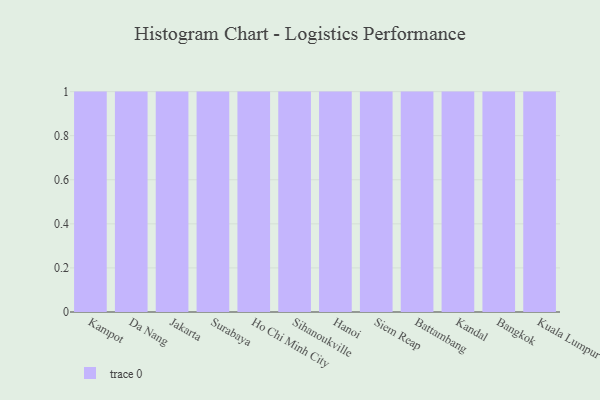
{"axis": {"x": "City", "y": "Population (Million)"}, "legend": [""], "data": [{"x": "Kampot", "y": 52, "type": ""}, {"x": "Da Nang", "y": 46, "type": ""}, {"x": "Jakarta", "y": 88, "type": ""}, {"x": "Surabaya", "y": 19, "type": ""}, {"x": "Ho Chi Minh City", "y": 66, "type": ""}, {"x": "Sihanoukville", "y": 34, "type": ""}, {"x": "Hanoi", "y": 32, "type": ""}, {"x": "Siem Reap", "y": 79, "type": ""}, {"x": "Battambang", "y": 8, "type": ""}, {"x": "Kandal", "y": 83, "type": ""}, {"x": "Bangkok", "y": 67, "type": ""}, {"x": "Kuala Lumpur", "y": 19, "type": ""}]}